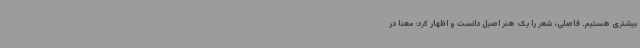
بیشتری هستیم. فاصلی، شعر را یک هنر اصیل دانست و اظهار کرد: معنا در